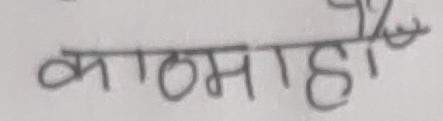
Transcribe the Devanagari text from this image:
काठमाण्डू